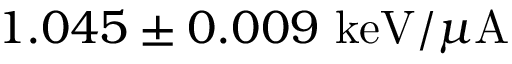
1 . 0 4 5 \pm 0 . 0 0 9 \ \mathrm { k e V } / \mu \mathrm { A }